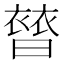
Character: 𧜊